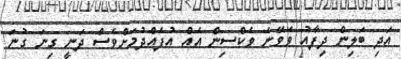
އަދި ބަލިން ދިފާއު ވެވޭނެ ވެކްސިން އެއް އުފެއްދުމަށްވެސް ދަނީ ގިނަ ގުނަ